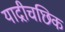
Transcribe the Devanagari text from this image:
याद्रीचछिक